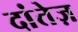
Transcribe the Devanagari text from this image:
दांतेज़